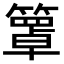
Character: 𥵙